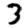
Digit: 3